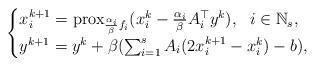
LaTeX: \begin{align*}\begin{cases} x_i^{k+1}=\mathrm{prox}_{\frac{\alpha_i}{\beta}f_i}(x_i^k-\frac{\alpha_i}{\beta}A_i^\top y^k),~~i\in\mathbb{N}_s,\\ y^{k+1}=y^k+\beta(\sum_{i=1}^s A_i(2x_i^{k+1}-x_i^k)-b), \end{cases} \end{align*}